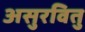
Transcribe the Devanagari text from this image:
असुरवितु